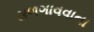
સળગાવવાના